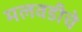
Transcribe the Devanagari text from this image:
मलवडीचे